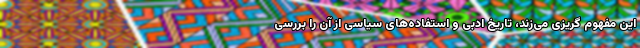
این مفهوم گریزی می‌زند، تاریخ ادبی و استفاده‌های سیاسی از آن را بررسی